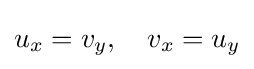
u_{x}=v_{y},\quad v_{x}=u_{y}